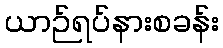
ယာဉ်ရပ်နားစခန်း